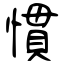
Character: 慣